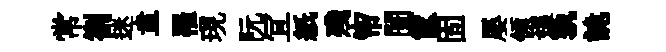
常劄迷盍罹現阮冝紙殘帘闠筐固屡領媪孰詭